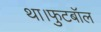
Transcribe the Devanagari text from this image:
था।फुटबॉल